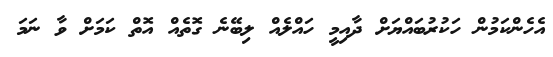
އެހެންކަމުން ހަކުރުބައްޔަށް ދާއިމީ ހައްލެއް ލިބޭނެ ގޮތެއް އޮތް ކަމަށް ވާ ނަމަ